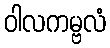
ဝါလကမ္ဗလံ